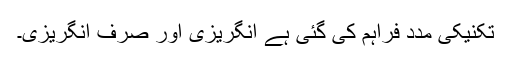
تکنیکی مدد فراہم کی گئی ہے انگریزی اور صرف انگریزی۔